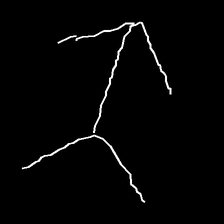
Glyph: gather